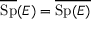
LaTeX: { \overline { { \operatorname { S p } } } } ( E ) = { \overline { { \operatorname { S p } ( E ) } } }